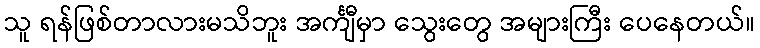
သူ ရန်ဖြစ်တာလားမသိဘူး အင်္ကျီမှာ သွေးတွေ အများကြီး ပေနေတယ်။